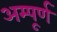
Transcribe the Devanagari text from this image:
अम्पूर्ण